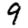
Digit: 9